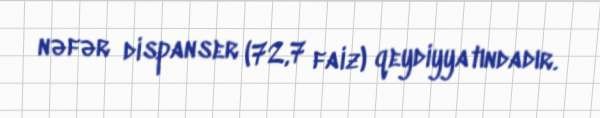
nəfər dispanser (72,7 faiz) qeydiyyatındadır.